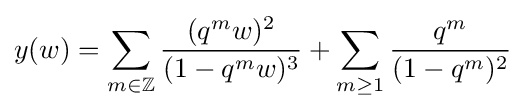
y(w)=\sum _{m\in \mathbb {Z} }{\frac {(q^{m}w)^{2}}{(1-q^{m}w)^{3}}}+\sum _{m\geq 1}{\frac {q^{m}}{(1-q^{m})^{2}}}